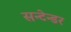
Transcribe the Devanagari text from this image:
सन्टेन्डर